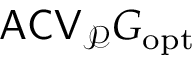
\mathsf { A C V } _ { \mathcal P } G _ { \mathrm { o p t } }